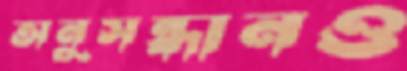
অনুসন্ধানও